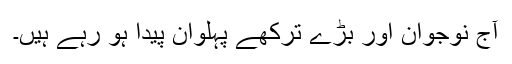
آج نوجوان اور بڑے ترکھے پہلوان پیدا ہو رہے ہیں۔